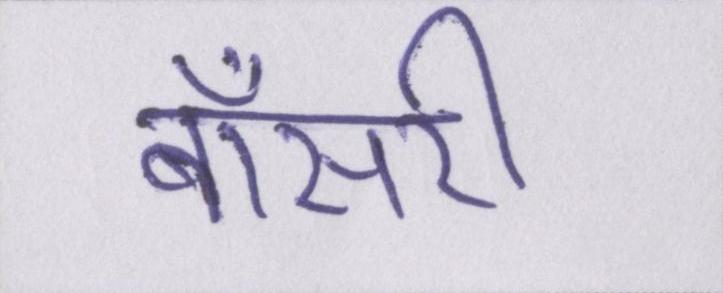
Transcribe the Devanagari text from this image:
बॉसरी